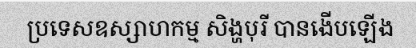
ប្រទេសឧស្សាហកម្ម សិង្ហបុរី បានងើបឡើង